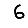
Digit: 6